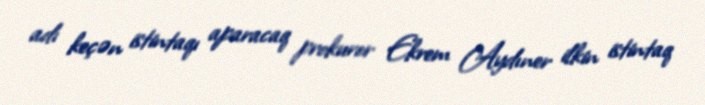
adı keçən istintaqı aparacaq prokuror Ekrem Aydıner ilkin istintaq